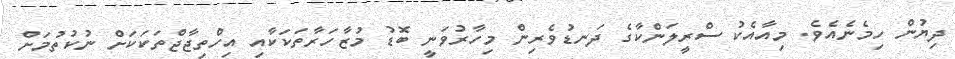
ދިޔުން ހިމެނެއެވެ. މިއާއެކު ސްރީލަންކާގެ ދަނޑުވެރިން މިހާރުވަނީ ބޮޑު މުޒާހަރާތަކަކާއި އިހްތިޖާޖްތަކަކަށް ނުކުތުމަށް